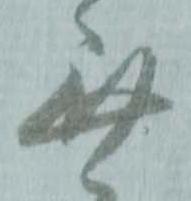
無